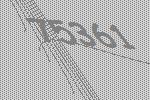
75361